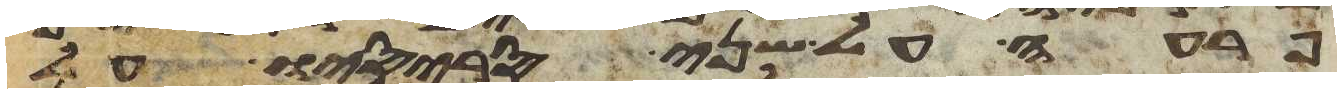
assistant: פרעה על שני סריסיו על